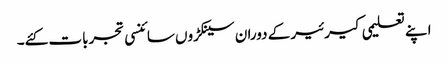
اپنے تعلیمی کیرئیر کے دوران سینکڑوں سائنسی تجربات کئے۔